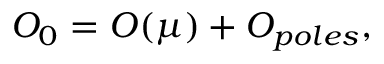
{ \cal O } _ { 0 } = { \cal O } ( \mu ) + { \cal O } _ { p o l e s } ,